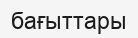
бағыттары